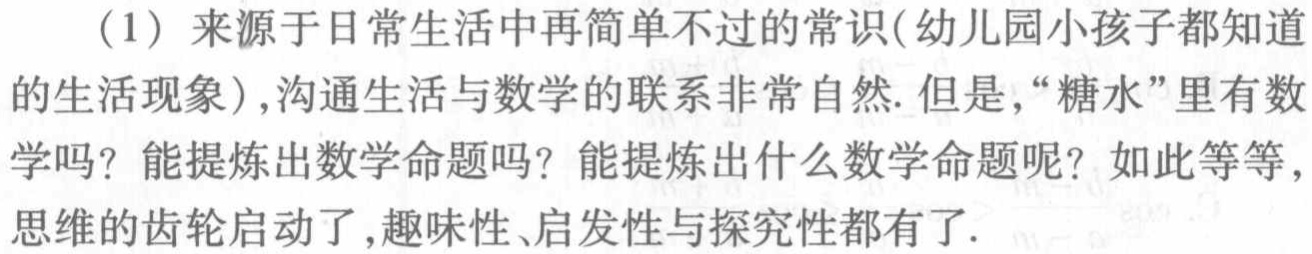
（1）来源于日常生活中再简单不过的常识(幼儿园小孩子都知道的生活现象)，沟通生活与数学的联系非常自然. 但是，“糖水”里有数学吗？能提炼出数学命题吗？能提炼出什么数学命题呢？如此等等，思维的齿轮启动了，趣味性、启发性与探究性都有了.